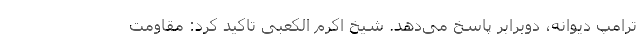
ترامپ دیوانه، دوبرابر پاسخ می‌دهد. شیخ اکرم الکعبی تاکید کرد: مقاومت